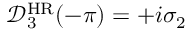
\mathcal { D } _ { 3 } ^ { \mathrm { H R } } ( - \pi ) = + i \sigma _ { 2 }